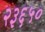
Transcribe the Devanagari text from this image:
२३६५०